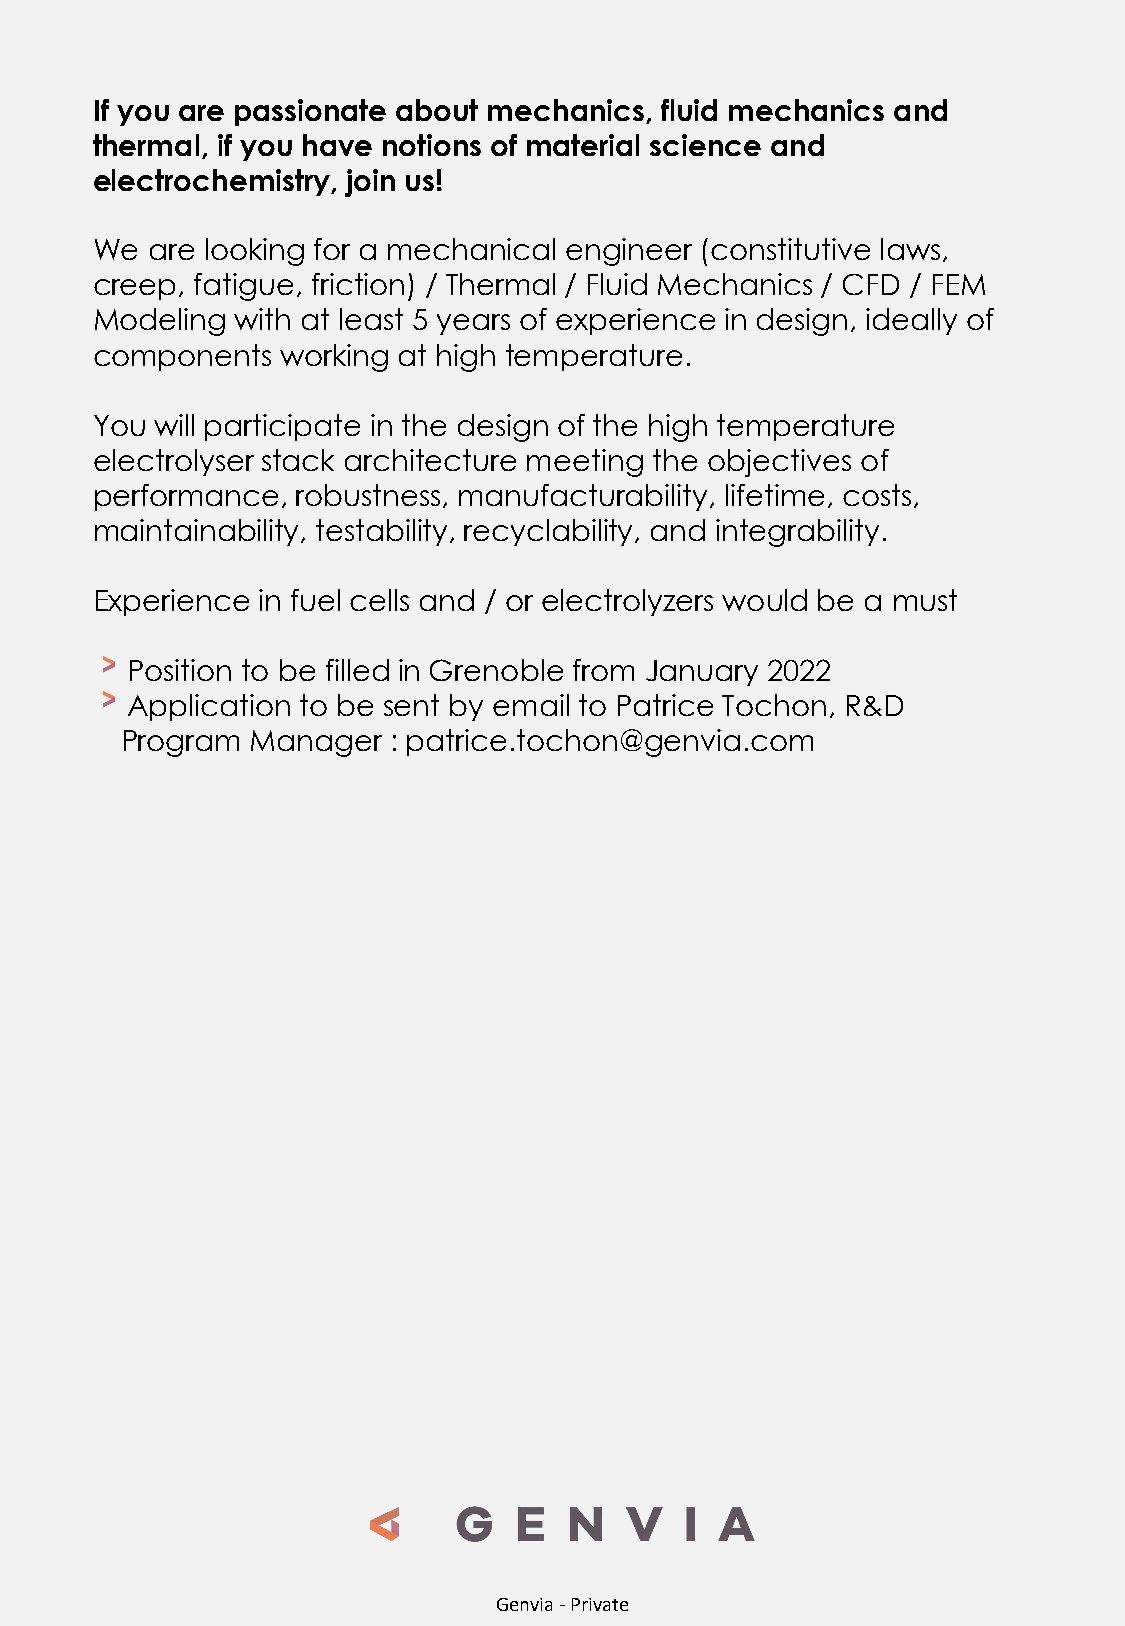
If you are passionate about mechanics, fluid mechanics and
 thermal, if you have notions of material science and
 electrochemistry, join us!
 We  are looking for a mechanical engineer (constitutive laws,
 creep, fatigue, friction) / Thermal / Fluid Mechanics / CFD / FEM
 Modeling  with at least 5 years of experience in design, ideally of
 components   working at high temperature.
 You will participate in the design of the high temperature
 electrolyser stack architecture meeting the objectives of
 performance,  robustness, manufacturability, lifetime, costs,
 maintainability, testability, recyclability, and integrability.
 Experience in fuel cells and / or electrolyzers would be a must
 Position to be filled in Grenoble from January 2022
 Application to be sent by email to Patrice Tochon, R&D
 Program  Manager  : patrice.tochon@genvia.com
 Genvia -Private